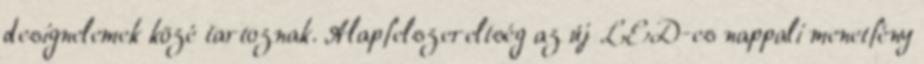
designelemek közé tartoznak. Alapfelszereltség az új LED-es nappali menetfény